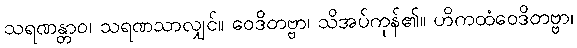
သရဏန္တာဝ၊ သရဏသာလျှင်။ ဝေဒိတဗ္ဗာ၊ သိအပ်ကုန်၏။ ဟိကထံဝေဒိတဗ္ဗာ၊